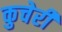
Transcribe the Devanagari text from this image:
कुचेरी